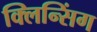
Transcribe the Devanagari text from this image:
क्लिन्सिंग